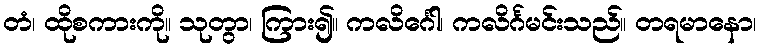
တံ၊ ထိုစကားကို။ သုတွာ၊ ကြား၍။ ကလိင်္ဂေါ၊ ကလိင်္ဂမင်းသည်။ တရမာနော၊